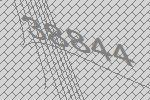
38844